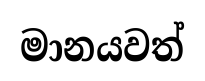
මානයවත්